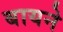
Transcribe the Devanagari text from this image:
बायने